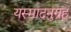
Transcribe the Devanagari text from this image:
यस्मादनुग्रहं